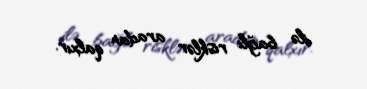
ilə bağlı risklər aradan qalxır.